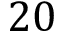
2 0